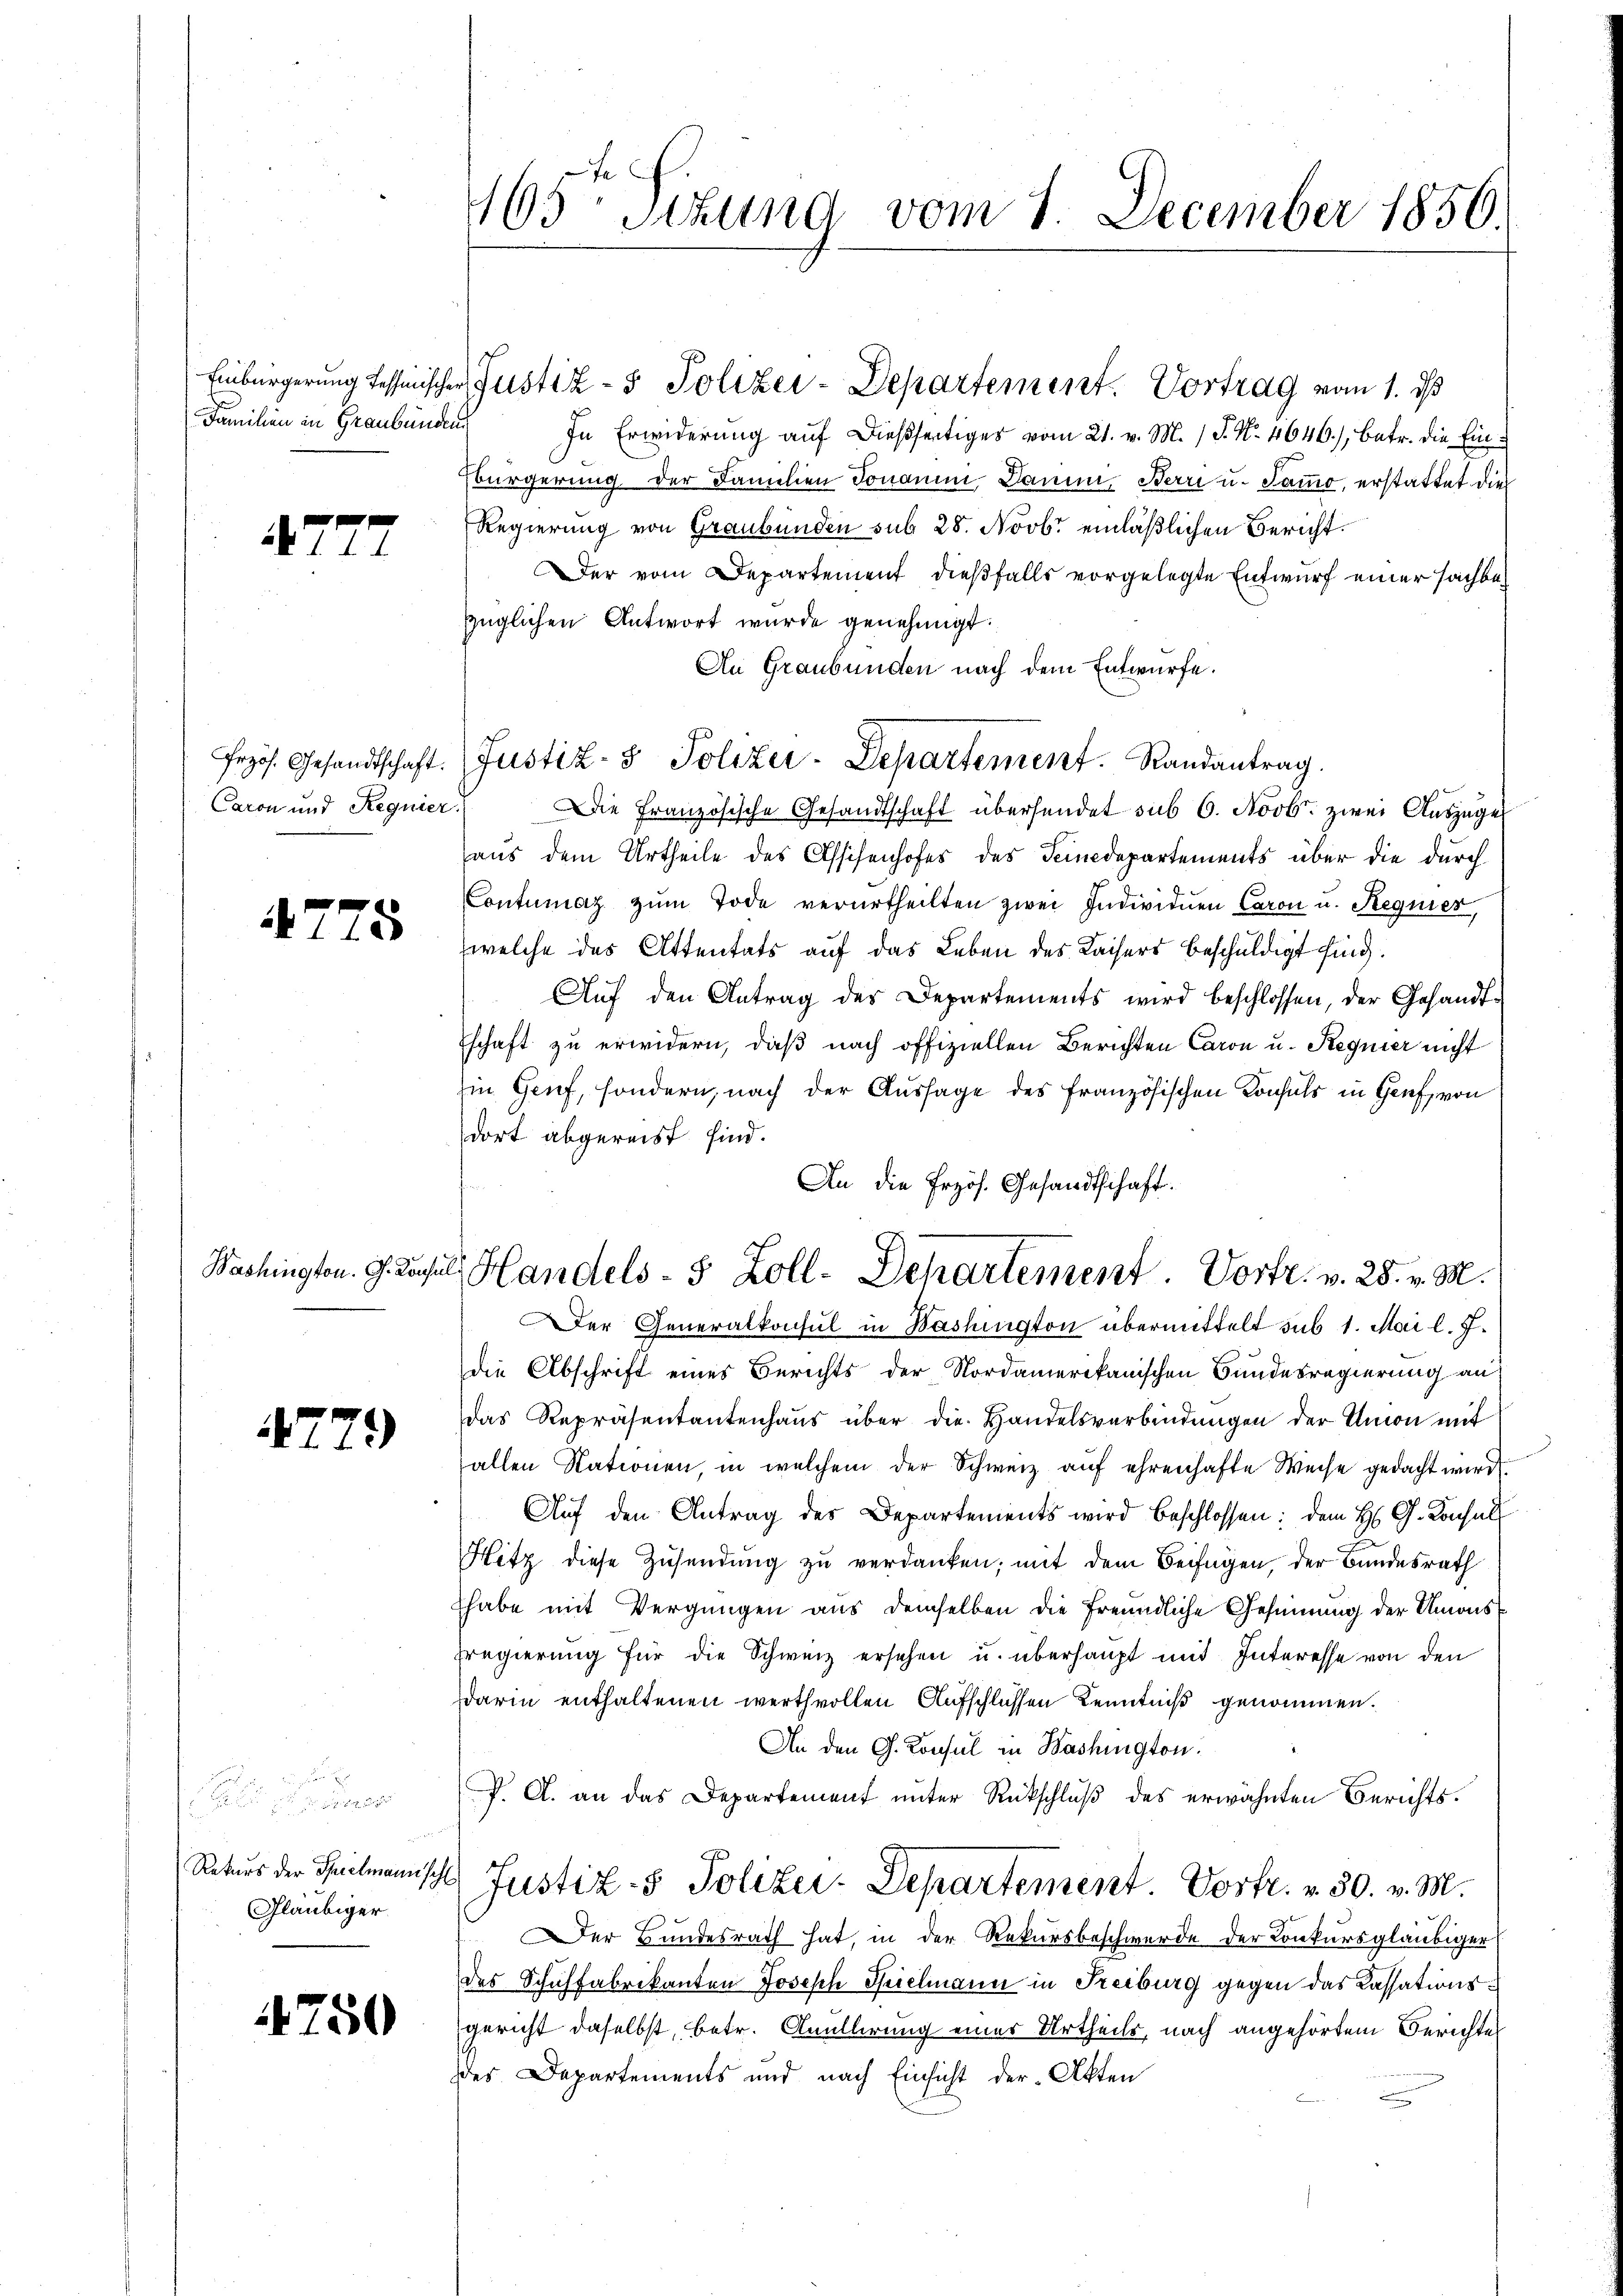
Familien in Graubünden

727

Caron und Regnier

47

25

779

Gläubiger

4750

165te Sizung vom 1. December 1856.

Einbürgerung dessinischer Justiz- & Polizei-Departement. Vortrag vom 1. ds

In Erwiderung auf dießseitiges vom 21. v. M. J. N. 4646), Betr. die Ein¬
Ebürgerung der Familien Jonamm, Damm, Berri u. Sammo, erstattet die
Regierung von Graubünden sub 28. Novbr einläßlichen Bericht.
Der vom Departement dießfalls vorgelegte Entwurf einer sachbazüglichen Antwort wurde genehmigt.
An Graubünden nach dem Entwürfe.
Die Französische Gesandtschaft übersendet sub 6. Novb. zwei Auszuges
aus dem Urtheile des Assisenhofes des Feindepartements über die durch
Contumaz zŭm Tode verurtheilten zwei Individuen Caron u. Regnier,
welche des Attentats auf das Leben des Kaisers beschuldigt sind.
Aŭf den Antrag des Departements wird beschlossen, der Gesandt¬
Eschaft zu erwidern, daß nach offiziellen Berichten Caron u. Regnier nicht
Ein Genf, sondern, nach der Aussage des französischen Konsuls in Genf, von
dort abgereist sind.
An die Frzös. Gesandtschaft.
die Abschrift eines Berichts der Nordamerikanischen Bundesregierung an
das Repräsentantenhaus über die Handelsverbindungen der Amon mit
allen Nationen, in welchem der Schweiz auf ehrenhafte Weise gedacht wird.
Auf den Antrag des Departements wird beschlossen: dem H. G. Konsul
Hitz diese Zŭsendŭng zŭ verdanken, mit dem Beifügen, der Bundesrath
habe mit Vergnügen aus demselben die freundliche Gesinnung der Unionsregierung für die Schweiz ersehen u. überhaupt mit Interesse von den
darin enthaltenen werthvollen Aufschlüssen Kenntniß genommen.
An den G. Konsul in Bashington
P. A. an das Departement unter Rückschluß des erwähnten Berichts¬
Rekurs der Seelmannische Justiz- & Polizei-Departement. Vortr. v. 30. v. M.
Der Bundesrath hat, in der Rekursbeschwerde der Konkursgläubiger
des Schuhfabrikanton Joseph Spielmann in Freiburg gegen das Cassationsgericht daselbst, betr. Anüllerung eines Urtheils, nach angehörtem Berichte
des Departements und nach Einsicht der Akten

Frzös. Gesandtschaft. Justiz- & Polizei-Departement. Randantrag.

Washingten. G. Rusul, Handels- 5 Zoll-Departement. Vortr. v. 28. v. M.
er Generalkonsul in Washington übermittelt sub 1. Mai l. J.